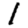
Digit: 1